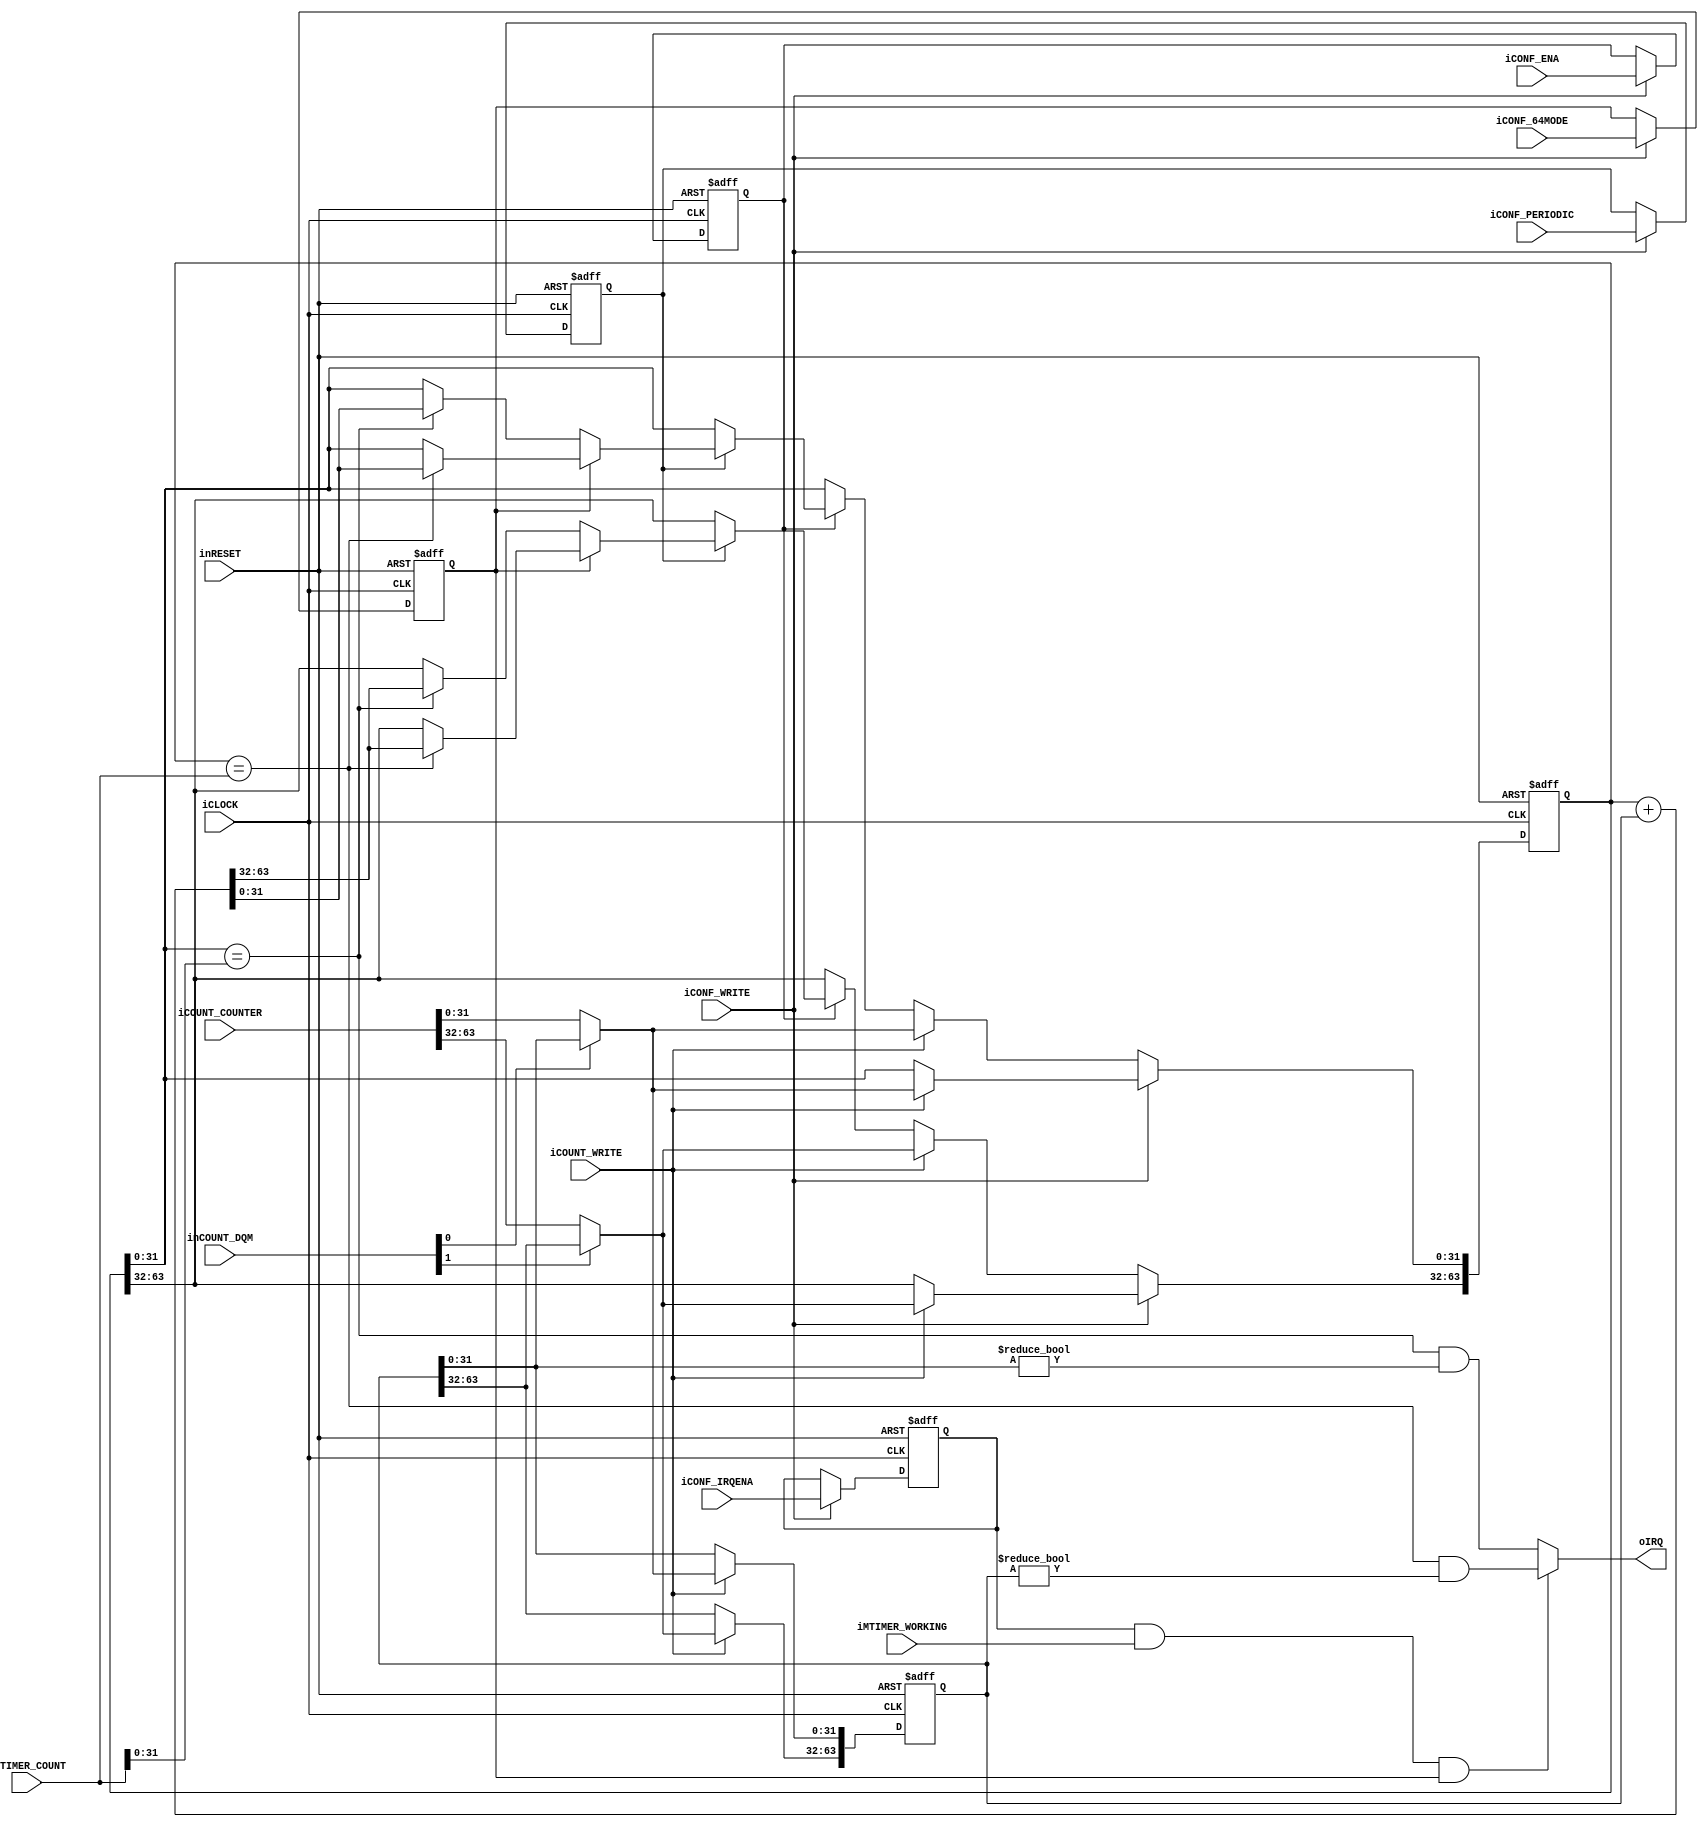
module dps_comparator_counter(
		input wire iCLOCK,
		input wire inRESET,
		//Main Counter
		input wire iMTIMER_WORKING,
		input wire [63:0] iMTIMER_COUNT,
		//Timmer Settings
		input wire iCONF_WRITE,
		input wire iCONF_ENA,
		input wire iCONF_IRQENA,
		input wire iCONF_64MODE,
		input wire iCONF_PERIODIC,			//Non Periodic mode = 0 | Periodic mode = 1
		//Counter
		input wire iCOUNT_WRITE,
		input wire [1:0] inCOUNT_DQM,
		input wire [63:0] iCOUNT_COUNTER,
		//Interrupt
		output wire oIRQ
	);
		
	reg enable;
	reg irqena;
	reg [63:0] ini_counter;
	reg [63:0] counter;
	reg bitmode;
	reg periodic;
	
	always@(posedge iCLOCK or negedge inRESET)begin
		if(!inRESET)begin
			enable <= 1'b0;
			irqena <= 1'b0;
			ini_counter <= 64'h0;
			counter <= 64'h0;
			bitmode <= 1'b0;
			periodic <= 1'b0;
		end
		else begin
			///Counter Setting
			if(iCONF_WRITE)begin
				enable <= iCONF_ENA;
				irqena <= iCONF_IRQENA;
				bitmode <= iCONF_64MODE;
				periodic <= iCONF_PERIODIC;
				//Counter Write
				if(iCOUNT_WRITE)begin
					ini_counter[31:0] <= (!inCOUNT_DQM[0])? iCOUNT_COUNTER[31:0] : ini_counter[31:0];
					ini_counter[63:32] <= (!inCOUNT_DQM[1])? iCOUNT_COUNTER[63:32] : ini_counter[63:32];
					counter[31:0] <= (!inCOUNT_DQM[0])? iCOUNT_COUNTER[31:0] : ini_counter[31:0];
					counter[63:32] <= (!inCOUNT_DQM[1])? iCOUNT_COUNTER[63:32] : ini_counter[63:32];
				end
			end
			else begin
				//Counter Write
				if(iCOUNT_WRITE)begin
					ini_counter[31:0] <= (!inCOUNT_DQM[0])? iCOUNT_COUNTER[31:0] : ini_counter[31:0];
					ini_counter[63:32] <= (!inCOUNT_DQM[1])? iCOUNT_COUNTER[63:32] : ini_counter[63:32];
					counter[31:0] <= (!inCOUNT_DQM[0])? iCOUNT_COUNTER[31:0] : ini_counter[31:0];
					counter[63:32] <= (!inCOUNT_DQM[1])? iCOUNT_COUNTER[63:32] : ini_counter[63:32];
				end
				else if(enable)begin
					if(periodic)begin
						if(bitmode)begin
							//64bit Mode
							if(counter == iMTIMER_COUNT)begin
								counter <= counter + ini_counter;
							end
						end
						else begin
							//32bit Mode
							if(counter[31:0] == iMTIMER_COUNT[31:0])begin
								counter <= counter + ini_counter;
							end
						end
					end
				end
			end
		end
	end
	
	assign oIRQ = irqena && iMTIMER_WORKING && (bitmode)? (counter == iMTIMER_COUNT && ini_counter != 64'h0) : (counter[31:0] == iMTIMER_COUNT[31:0] && ini_counter[31:0] != 32'h0);
	
endmodule